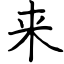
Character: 来